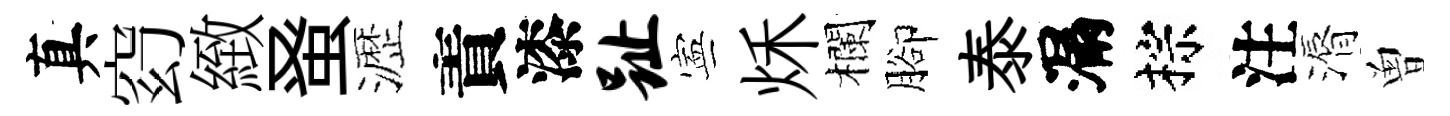
真𥥆緻𫊫瀝責漆趾寕秌欄腳泰漏棕注漘曽